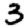
Digit: 3